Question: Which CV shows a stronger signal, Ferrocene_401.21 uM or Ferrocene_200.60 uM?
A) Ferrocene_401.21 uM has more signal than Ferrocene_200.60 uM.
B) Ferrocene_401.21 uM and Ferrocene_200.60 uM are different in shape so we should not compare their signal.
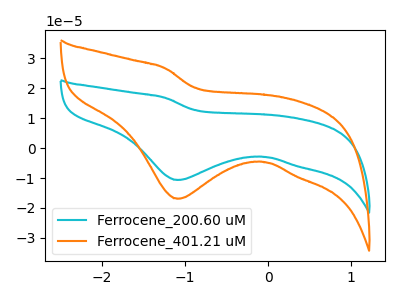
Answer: <think>The cyan curve "Ferrocene_200.60 uM" has a cathodic peak at: (-1.10V, -10.65uA). The orange curve "Ferrocene_401.21 uM" has a cathodic peak at: (-1.10V, -16.95uA).
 All the peaks in "Ferrocene_401.21 uM" have a peak in "Ferrocene_200.60 uM" at the same potential. Every peak in "Ferrocene_401.21 uM" is higher than every peak in "Ferrocene_200.60 uM".</think>
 <answer>A) "Ferrocene_401.21 uM" has more signal than "Ferrocene_200.60 uM".</answer>
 <eval>A</eval>